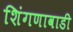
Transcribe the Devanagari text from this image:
शिंगणावाडी